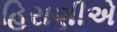
હિરાણીએ